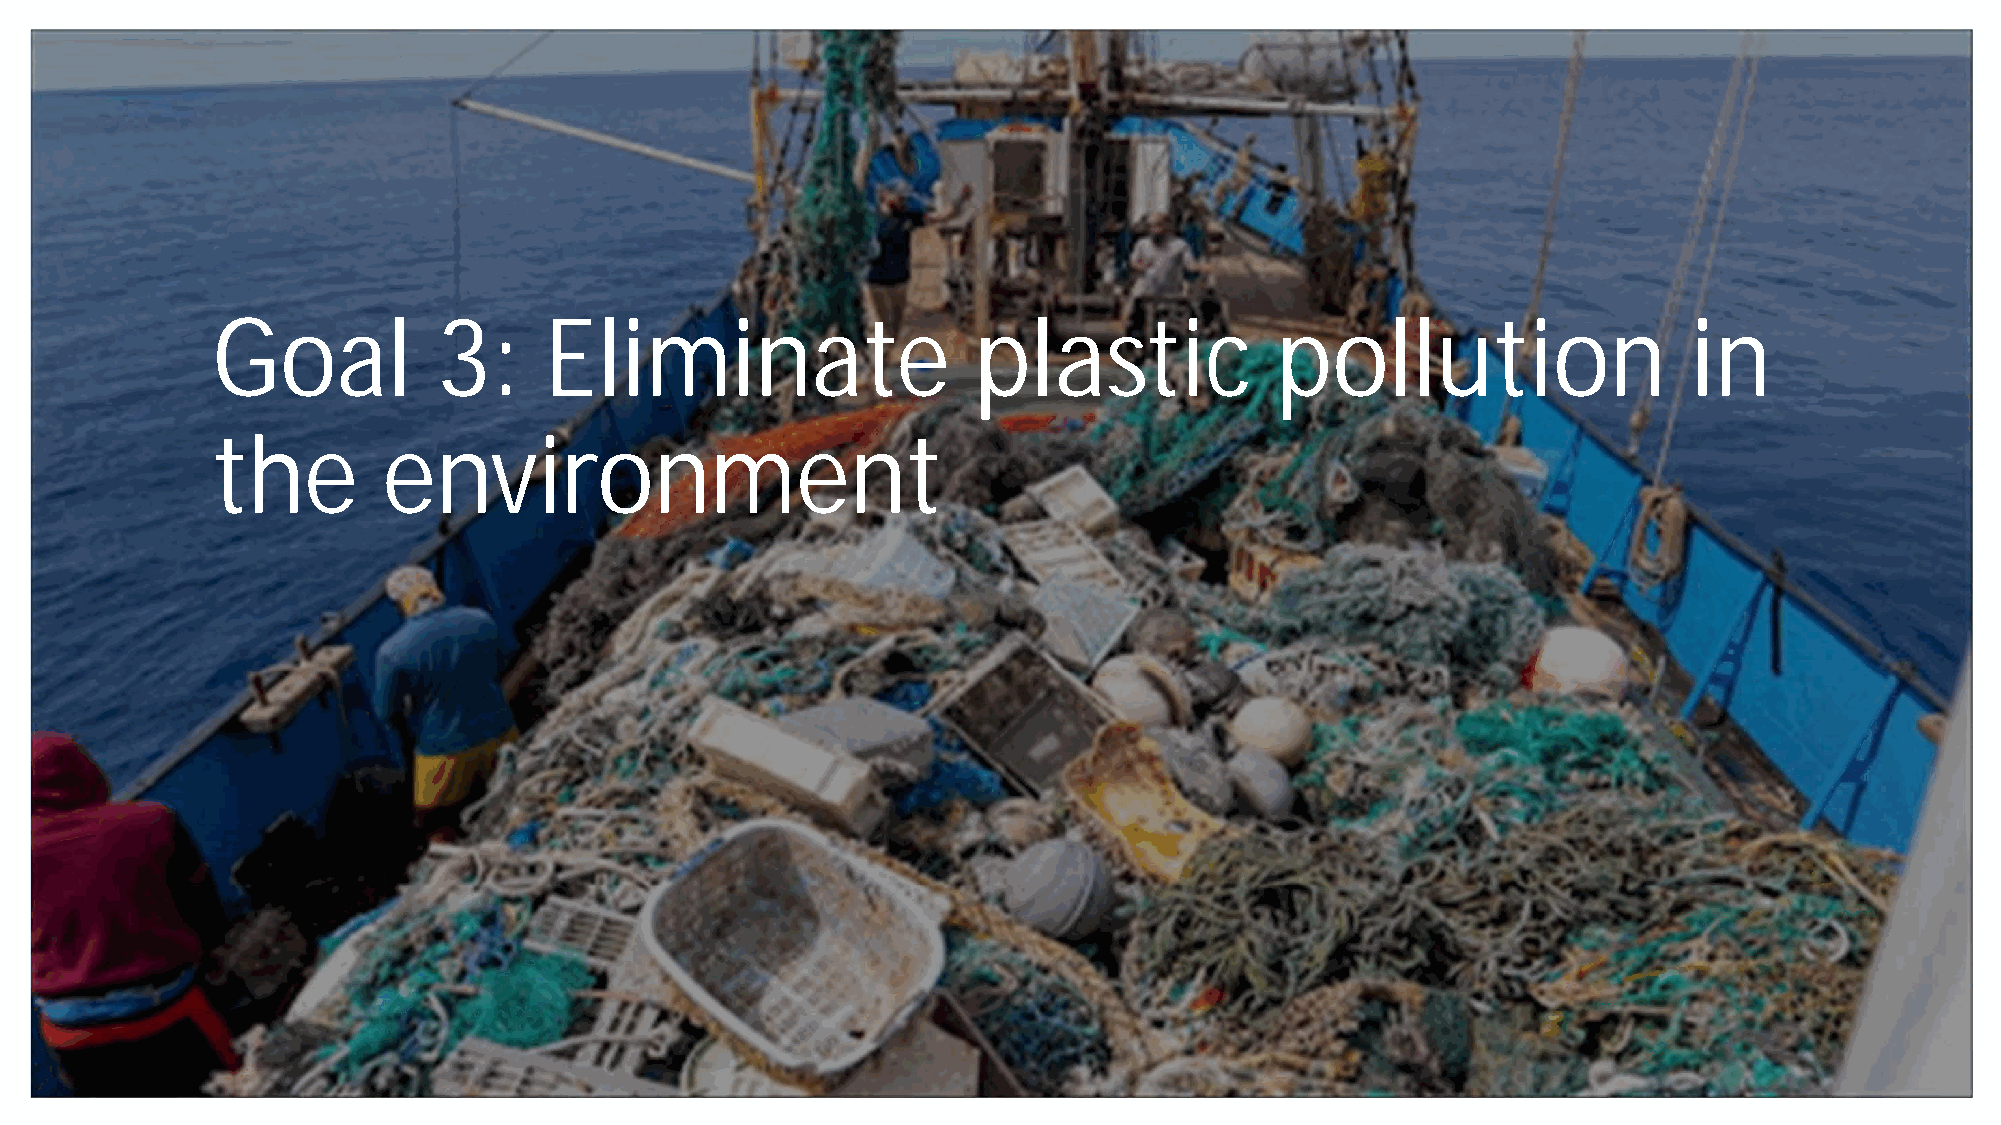
Goal           3:     Eliminate                   plastic             pollution                   in
 the        environment